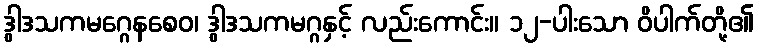
ဒွါဒသကမဂ္ဂေနစေဝ၊ ဒွါဒသကမဂ္ဂနှင့် လည်းကောင်း။ ၁၂-ပါးသော ဝိပါက်တို့၏